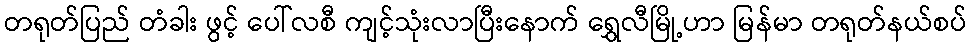
တရုတ်ပြည် တံခါး ဖွင့် ပေါ်လစီ ကျင့်သုံးလာပြီးနောက် ရွှေလီမြို့ဟာ မြန်မာ တရုတ်နယ်စပ်